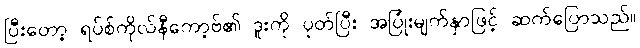
ပြီးတော့ ရပ်စ်ကိုလ်နီကော့ဗ်၏ ဒူးကို ပုတ်ပြီး အပြုံးမျက်နှာဖြင့် ဆက်ပြောသည်။